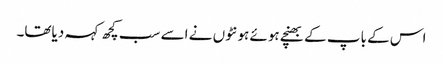
اس کے باپ کے بھنچے ہوئے ہونٹوں نے اسے سب کچھ کہہ دیاتھا۔